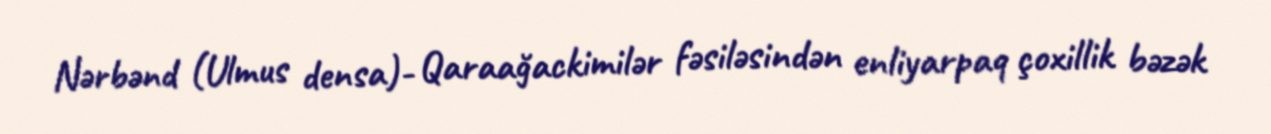
Nərbənd (Ulmus densa)- Qaraağackimilər fəsiləsindən enliyarpaq çoxillik bəzək